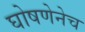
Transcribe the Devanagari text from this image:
घोषणेनेच